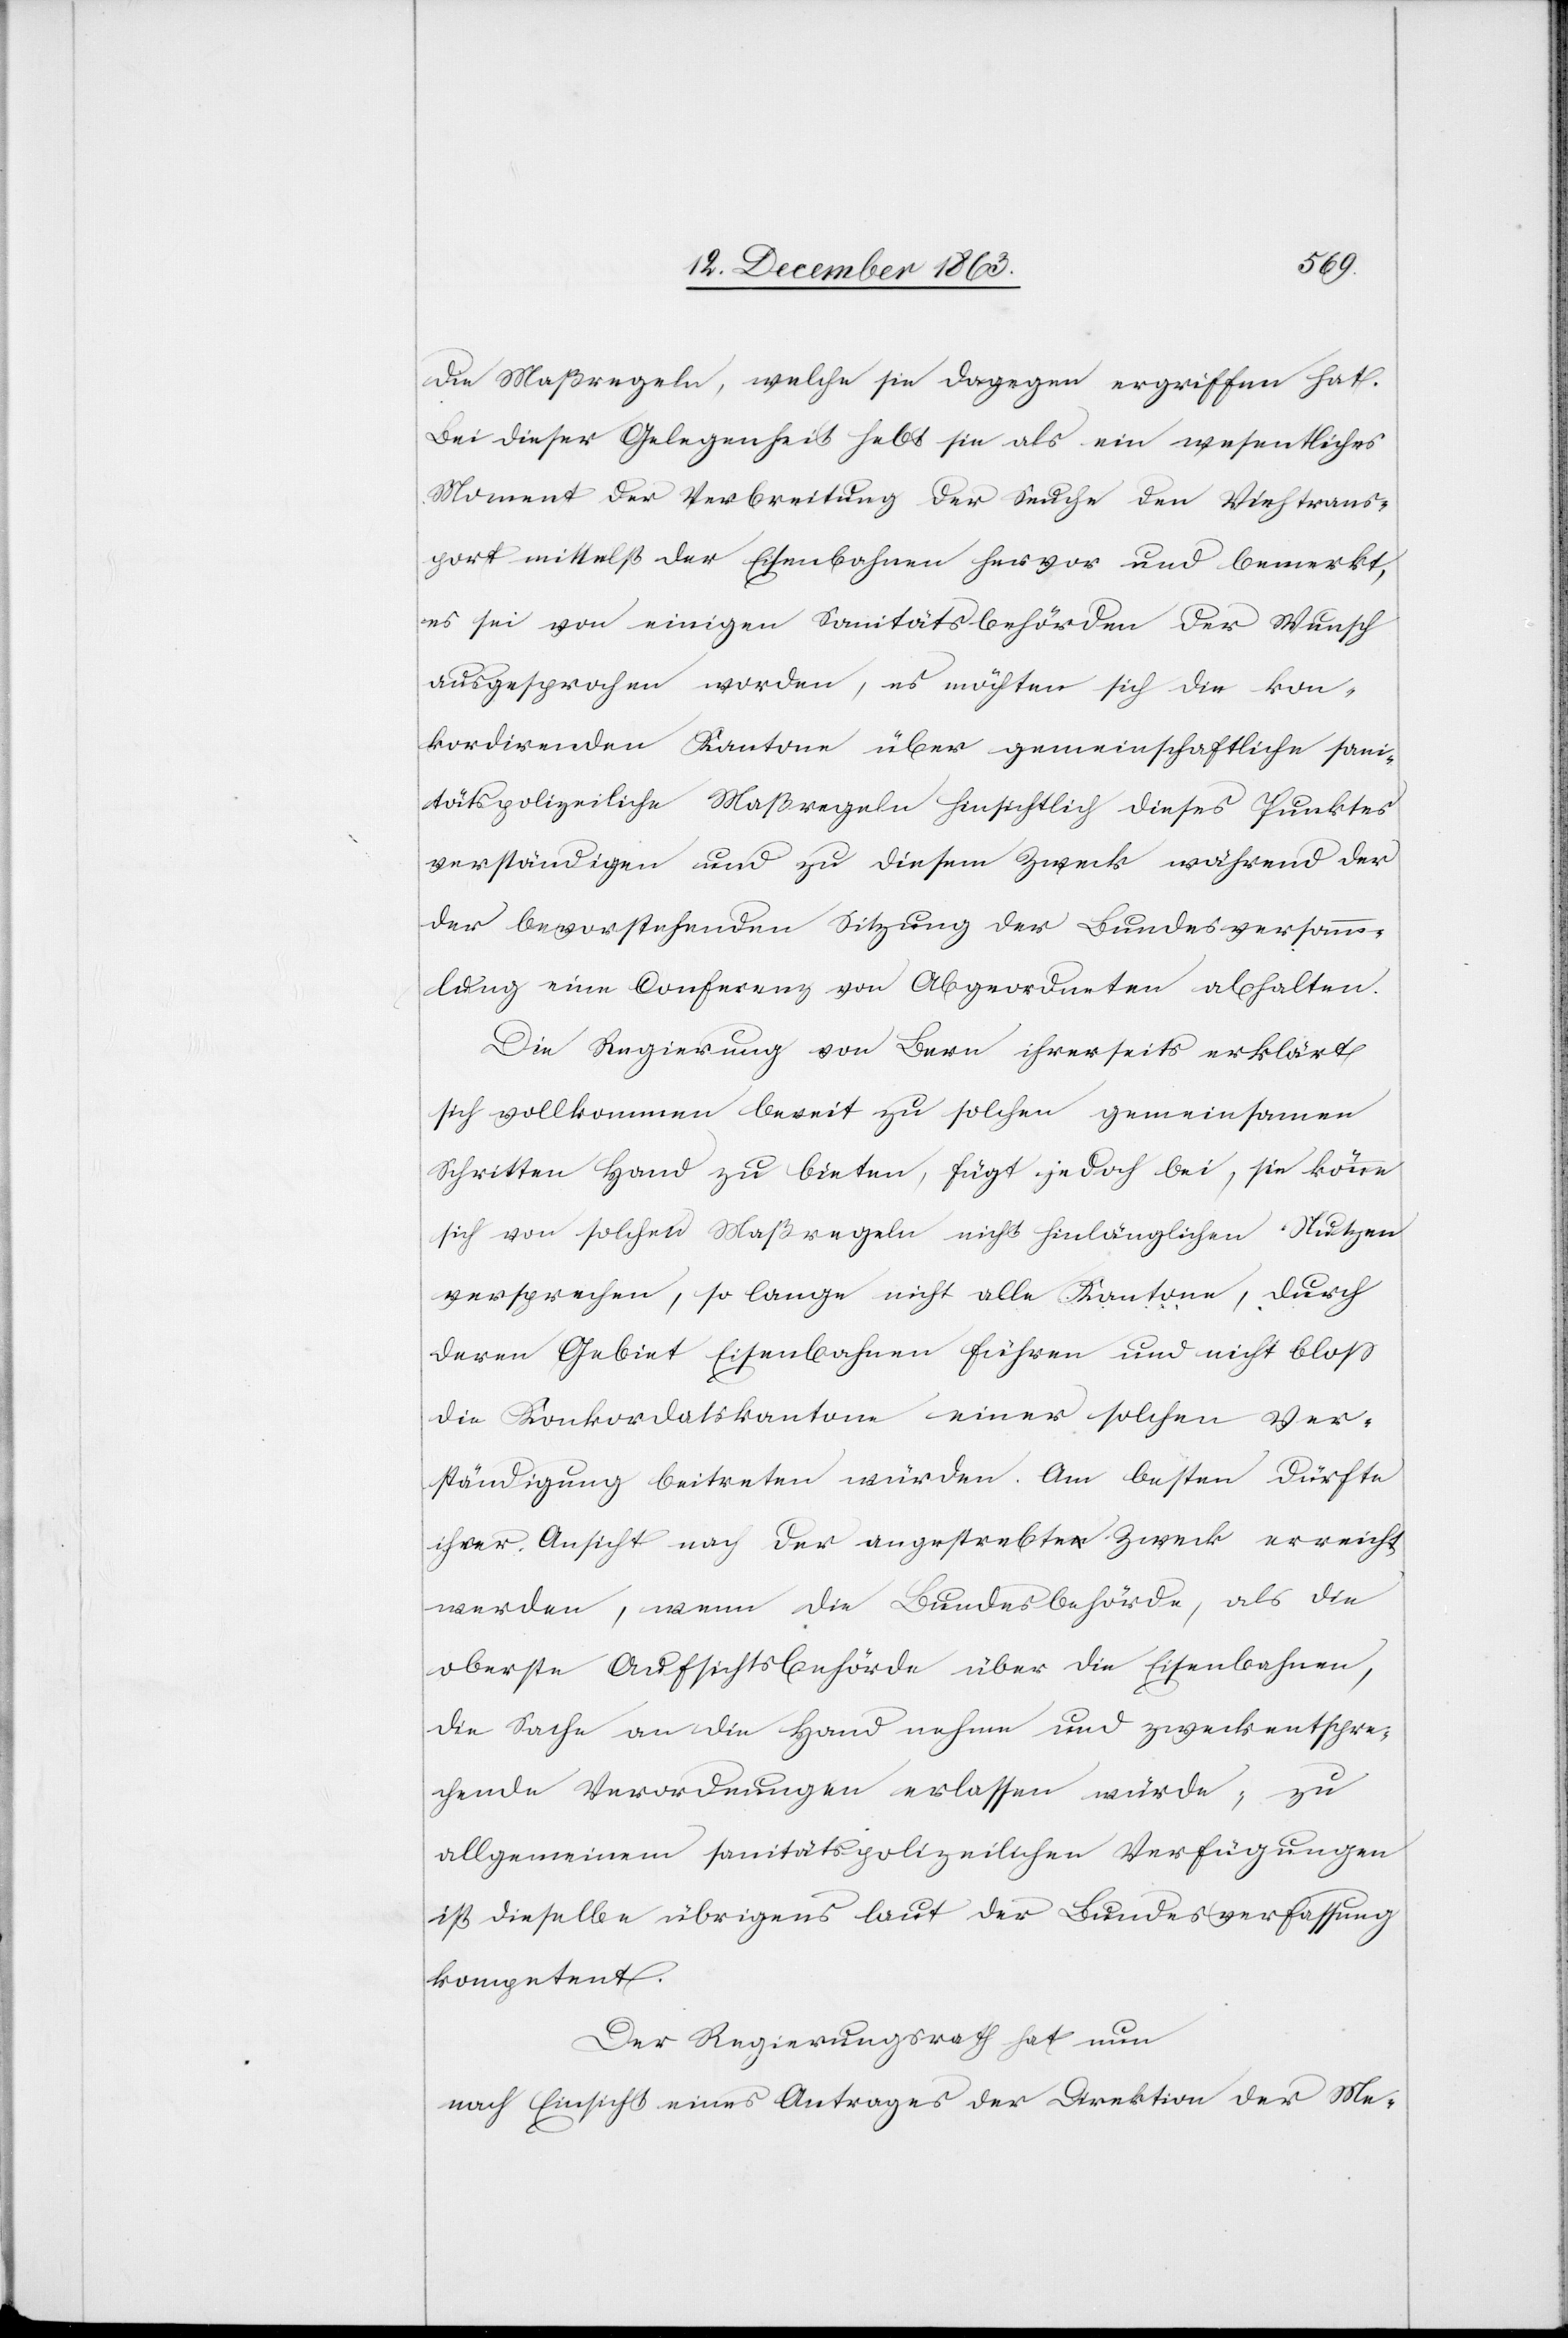
die Maßregeln, welche sie dagegen ergriffen hat.
Bei dieser Gelegenheit hebt sie als ein wesentliches
Moment der Verbreitung der Seuche den Viehtrans¬
port mittelst der Eisenbahnen hervor und bemerkt,
es sei von einigen Sanitätsbehörden der Wunsch
ausgesprochen worden, es möchten sich die kon¬
kordirenden Kantone über gemeinschaftliche sani¬
tätspolizeiliche Maßregeln hinsichtlich dieses Punktes
verständigen und zu diesem Zweck während der
bevorstehenden Sitzung der Bundesversamm¬
lung eine Conferenz von Abgeordneten abhalten.
Die Regierung von Bern ihrerseits erklärt
sich vollkommen bereit zu solchen gemeinsamen
Schritten Hand zu bieten, fügt jedoch bei, sie könne
sich von solchen Maßregeln nicht hinlänglichen Nutzen
versprechen, so lange nicht alle Kantone, durch
deren Gebiet Eisenbahnen führen und nicht bloss
die Konkordatskantone einer solchen Ver¬
ständigung beitreten würden. Am besten dürfte
ihrer Ansicht nach der angestrebte Zweck erreicht
werden, wenn die Bundesbehörde, als die
oberste Aufsichtsbehörde über die Eisenbahnen,
die Sache an die Hand nehme und zwecksentspre¬
chende Verordnungen erlassen würde; zu
allgemeinem [sic!] sanitätspolizeilichen Verfügungen
ist dieselbe übrigens laut der Bundesverfassung
kompetent.
Der Regierungsrath hat nun
nach Einsicht eines Antrages der Direktion der Me-